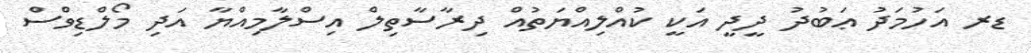
ޑރ އަހުމަދު ޢަބުދު ދީދީ އަކީ ކުއްލިއްޔަތުއް ދިރާސާތިލް އިސްލާމިއްޔާ އަދި މޯލްޑިވްސް